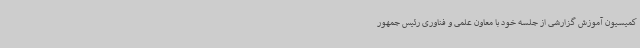
کمیسیون آموزش گزارشی از جلسه خود با معاون علمی و فناوری رئیس جمهور